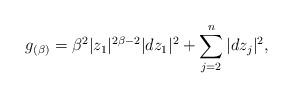
LaTeX: \begin{align*} g_{(\beta)} = \beta^2 |z_1|^{2\beta-2} |dz_1|^2 + \sum_{j=2}^n |dz_j|^2,\end{align*}